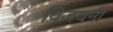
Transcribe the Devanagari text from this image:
विजयनी